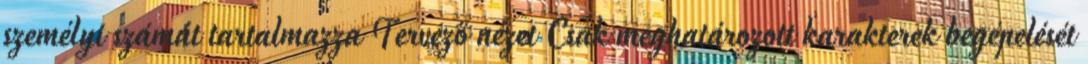
személyi számát tartalmazza Tervező nézet Csak meghatározott karakterek begépelését